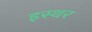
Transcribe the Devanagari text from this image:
इस्थर